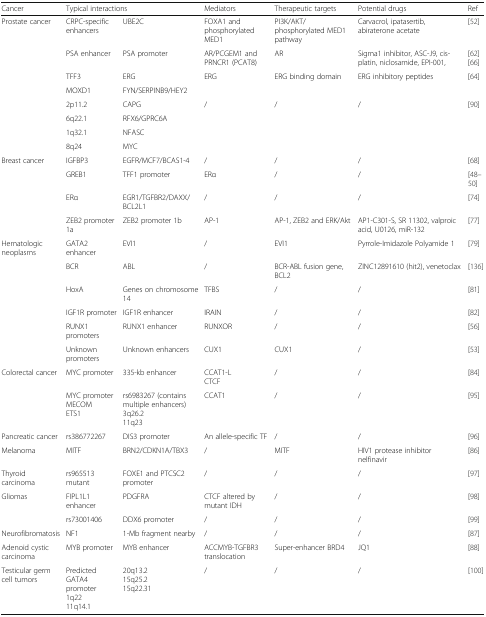
<table><thead><tr><td><b>Cancer</b></td><td colspan="2"><b>Typical interactions</b></td><td><b>Mediators</b></td><td><b>Therapeutic targets</b></td><td><b>Potential drugs</b></td><td><b>Ref</b></td></tr></thead><tbody><tr><td rowspan="8">Prostate cancer</td><td>CRPC-specific enhancers</td><td>UBE2C</td><td>FOXA1 and phosphorylated MED1</td><td>PI3K/AKT/phosphorylated MED1 pathway</td><td>Carvacrol, ipatasertib, abiraterone acetate</td><td>[52]</td></tr><tr><td>PSA enhancer</td><td>PSA promoter</td><td>AR/PCGEM1 and PRNCR1 (PCAT8)</td><td>AR</td><td>Sigma1 inhibitor, ASC-J9, cisplatin, niclosamide, EPI-001,</td><td>[62] [66]</td></tr><tr><td>TFF3</td><td>ERG</td><td rowspan="2">ERG</td><td rowspan="2">ERG binding domain</td><td rowspan="2">ERG inhibitory peptides</td><td rowspan="2">[64]</td></tr><tr><td>MOXD1</td><td>FYN/SERPINB9/HEY2</td></tr><tr><td>2p11.2</td><td>CAPG</td><td rowspan="4">/</td><td rowspan="4">/</td><td rowspan="4">/</td><td rowspan="4">[90]</td></tr><tr><td>6q22.1</td><td>RFX6/GPRC6A</td></tr><tr><td>1q32.1</td><td>NFASC</td></tr><tr><td>8q24</td><td>MYC</td></tr><tr><td>Breast cancer</td><td>IGFBP3</td><td>EGFR/MCF7/BCAS1-4</td><td>/</td><td>/</td><td>/</td><td>[68]</td></tr><tr><td></td><td>GREB1</td><td>TFF1 promoter</td><td>ERα</td><td>/</td><td>/</td><td>[48–50]</td></tr><tr><td></td><td>ERα</td><td>EGR1/TGFBR2/DAXX/BCL2L1</td><td>/</td><td>/</td><td>/</td><td>[74]</td></tr><tr><td></td><td>ZEB2 promoter 1a</td><td>ZEB2 promoter 1b</td><td>AP-1</td><td>AP-1, ZEB2 and ERK/Akt</td><td>AP1-C301-S, SR 11302, valproic acid, U0126, miR-132</td><td>[77]</td></tr><tr><td rowspan="2">Hematologic neoplasms</td><td>GATA2 enhancer</td><td>EVI1</td><td>/</td><td>EVI1</td><td>Pyrrole-Imidazole Polyamide 1</td><td>[79]</td></tr><tr><td>BCR</td><td>ABL</td><td>/</td><td>BCR-ABL fusion gene, BCL2</td><td>ZINC12891610 (hit2), venetoclax</td><td>[136]</td></tr><tr><td></td><td>HoxA</td><td>Genes on chromosome 14</td><td>TFBS</td><td>/</td><td>/</td><td>[81]</td></tr><tr><td></td><td>IGF1R promoter</td><td>IGF1R enhancer</td><td>IRAIN</td><td>/</td><td>/</td><td>[82]</td></tr><tr><td></td><td>RUNX1 promoters</td><td>RUNX1 enhancer</td><td>RUNXOR</td><td>/</td><td>/</td><td>[56]</td></tr><tr><td></td><td>Unknown promoters</td><td>Unknown enhancers</td><td>CUX1</td><td>CUX1</td><td>/</td><td>[53]</td></tr><tr><td>Colorectal cancer</td><td>MYC promoter</td><td>335-kb enhancer</td><td>CCAT1-LCTCF</td><td>/</td><td>/</td><td>[84]</td></tr><tr><td></td><td>MYC promoterMECOMETS1</td><td>rs6983267 (contains multiple enhancers)3q26.211q23</td><td>CCAT1</td><td>/</td><td>/</td><td>[95]</td></tr><tr><td>Pancreatic cancer</td><td>rs386772267</td><td>DIS3 promoter</td><td>An allele-specific TF</td><td>/</td><td>/</td><td>[96]</td></tr><tr><td>Melanoma</td><td>MITF</td><td>BRN2/CDKN1A/TBX3</td><td>/</td><td>MITF</td><td>HIV1 protease inhibitor nelfinavir</td><td>[86]</td></tr><tr><td>Thyroid carcinoma</td><td>rs965513 mutant</td><td>FOXE1 and PTCSC2 promoter</td><td>/</td><td>/</td><td>/</td><td>[97]</td></tr><tr><td>Gliomas</td><td>FIPL1L1 enhancer</td><td>PDGFRA</td><td>CTCF altered by mutant IDH</td><td>/</td><td>/</td><td>[98]</td></tr><tr><td></td><td>rs73001406</td><td>DDX6 promoter</td><td>/</td><td>/</td><td>/</td><td>[99]</td></tr><tr><td>Neurofibromatosis</td><td>NF1</td><td>1-Mb fragment nearby</td><td>/</td><td>/</td><td>/</td><td>[87]</td></tr><tr><td>Adenoid cystic carcinoma</td><td>MYB promoter</td><td>MYB enhancer</td><td>ACCMYB-TGFBR3 translocation</td><td>Super-enhancer BRD4</td><td>JQ1</td><td>[88]</td></tr><tr><td>Testicular germ cell tumors</td><td>Predicted GATA4 promoter1q2211q14.1</td><td>20q13.215q25.215q22.31</td><td>/</td><td>/</td><td>/</td><td>[100]</td></tr></tbody></table>